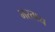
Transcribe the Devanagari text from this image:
भरताय